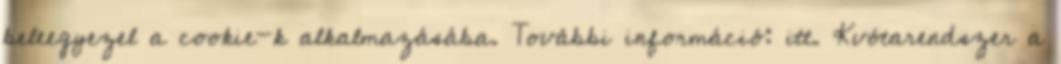
beleegyezel a cookie-k alkalmazásába. További információ: itt. Kvótarendszer a